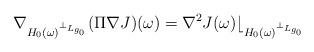
LaTeX: \begin{align*}\nabla_{H_{0}(\omega )^{\perp_{L_{g_{0}}}}} (\Pi \nabla J)(\omega)= \nabla^{2} J(\omega)\lfloor_{H_{0}(\omega )^{\perp_{L_{g_{0}}}}}\end{align*}